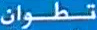
تطوان